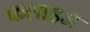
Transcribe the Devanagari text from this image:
फलाइज